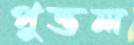
পুত্তল